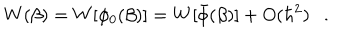
LaTeX: W ( \beta ) = W [ \phi _ { 0 } ( \beta ) ] = W [ \bar { \phi } ( \beta ) ] + O ( \hbar ^ { 2 } ) .